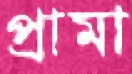
প্রামা